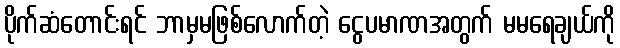
ပိုက်ဆံတောင်းရင် ဘာမှမဖြစ်လောက်တဲ့ ငွေပမာဏအတွက် မမရေချယ်ကို